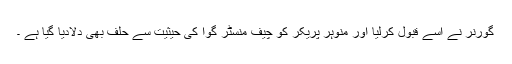
گورنر نے اسے قبول کرلیا اور منوہر پریکر کو چیف منسٹر گوا کی حیثیت سے حلف بھی دلادیا گیا ہے ۔